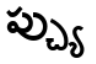
ప్చ్యు